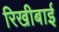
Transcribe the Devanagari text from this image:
रिखीबाई